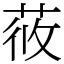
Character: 𦱿